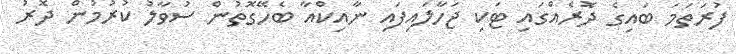
ފުރަތަމަ ބައިގެ ދޮރެއްގައި ޓަކި ޖަހާލައިފައި ނާއިކްއާ ބެހޭގޮތުން ސުވާލު ކުރުމުން ދޮރު